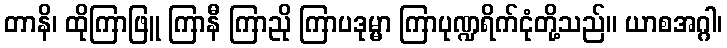
တာနိ၊ ထိုကြာဖြူ ကြာနီ ကြာညို ကြာပဒုမ္မာ ကြာပုဏ္ဍရိက်ငုံတို့သည်။ ယာစအဂ္ဂါ၊